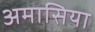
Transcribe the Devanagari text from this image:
अमासिया